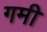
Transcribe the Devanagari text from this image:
गमी